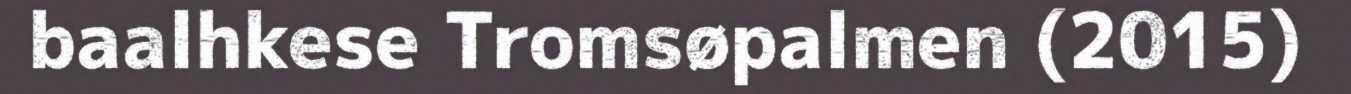
baalhkese Tromsøpalmen (2015)